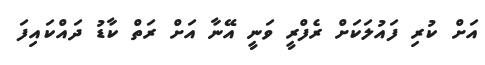
އަށް ކުރި ފައުލަކަށް ރެފްރީ ވަނީ އޭނާ އަށް ރަތް ކާޑު ދައްކައިފަ